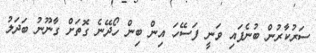
ސަަރުކާރުން ބުނެފައި ވަނީ ފަސޭހަ އިން ބިން ހޯދޭނެ ގޮތަަށް ގާނޫނު ބަދަލު